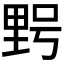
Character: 𮡓